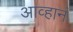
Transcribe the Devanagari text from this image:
आव्हानं